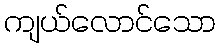
ကျယ်လောင်သော